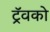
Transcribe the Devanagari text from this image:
ट्रॅवको